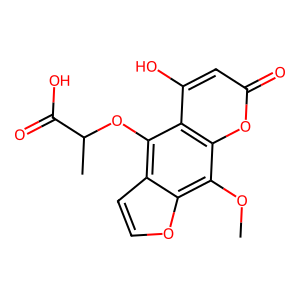
SMILES: COc1c2occc2c(OC(C)C(=O)O)c2c(O)cc(=O)oc12
Inhibits HIV replication: No